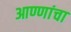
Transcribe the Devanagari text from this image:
आण्णांचा